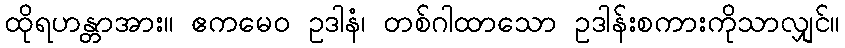
ထိုရဟန္တာအား။ ဧကမေဝ ဥဒါနံ၊ တစ်ဂါထာသော ဥဒါန်းစကားကိုသာလျှင်။